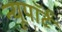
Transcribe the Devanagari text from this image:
न्यूपाॅर्ट